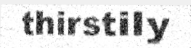
thirstily